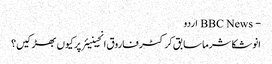
- BBC News اردو
انوشکا شرما سابق کرکٹر فاروق انجینیئر پر کیوں بھڑکیں؟